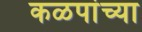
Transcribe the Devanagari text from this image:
कळपांच्या